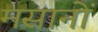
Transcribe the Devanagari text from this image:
मसानों